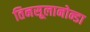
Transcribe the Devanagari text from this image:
तिनसूलानोन्डा